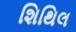
શિથિલ